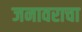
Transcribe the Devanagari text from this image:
जनावराचा